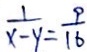
\frac { 1 } { x - y } = \frac { 9 } { 1 6 }